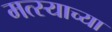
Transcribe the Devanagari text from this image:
मत्स्याच्या